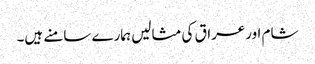
شام اورعراق کی مثالیں ہمارے سامنے ہیں۔